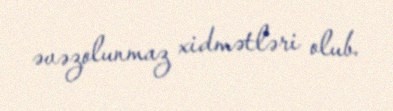
əvəzolunmaz xidmətləri olub.